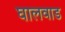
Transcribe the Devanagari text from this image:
घालवाड